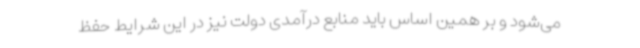
می‌شود و بر همین اساس باید منابع درآمدی دولت نیز در این شرایط حفظ